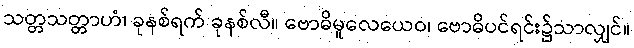
သတ္တသတ္တာဟံ၊ ခုနစ်ရက် ခုနစ်လီ။ ဗောဓိမူလေယေဝ၊ ဗောဓိပင်ရင်း၌သာလျှင်။